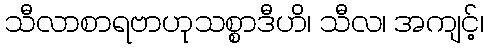
သီလာစာရဗာဟုသစ္စာဒီဟိ၊ သီလ၊ အကျင့်၊